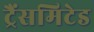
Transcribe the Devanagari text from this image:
ट्रैंसमिटेड